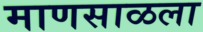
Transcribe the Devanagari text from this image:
माणसाळला